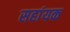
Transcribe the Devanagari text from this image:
सहांयक